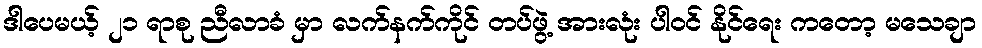
ဒါပေမယ့် ၂၁ ရာစု ညီလာခံ မှာ လက်နက်ကိုင် တပ်ဖွဲ့ အားလုံး ပါဝင် နိုင်ရေး ကတော့ မသေချာ